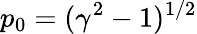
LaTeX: p_{0}=(\gamma^{2}-1)^{1/2}